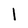
Character: l